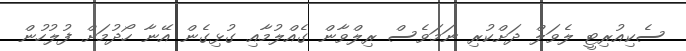
ސެކިއުރިޓީ ލެވަލް ދަށްކުރި ނަމަވެސް ރިލްވާން ގެއްލުމާއި ގުޅިގެން އޭނާ ހޯދުމަށް ފުލުހުން